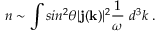
n \sim \int s i n ^ { 2 } \theta | { \bf j } ( { \bf k } ) | ^ { 2 } { \frac { 1 } { \omega } } ~ d ^ { 3 } k \; .